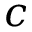
c